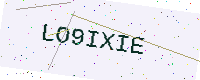
Text: LO9IXIE